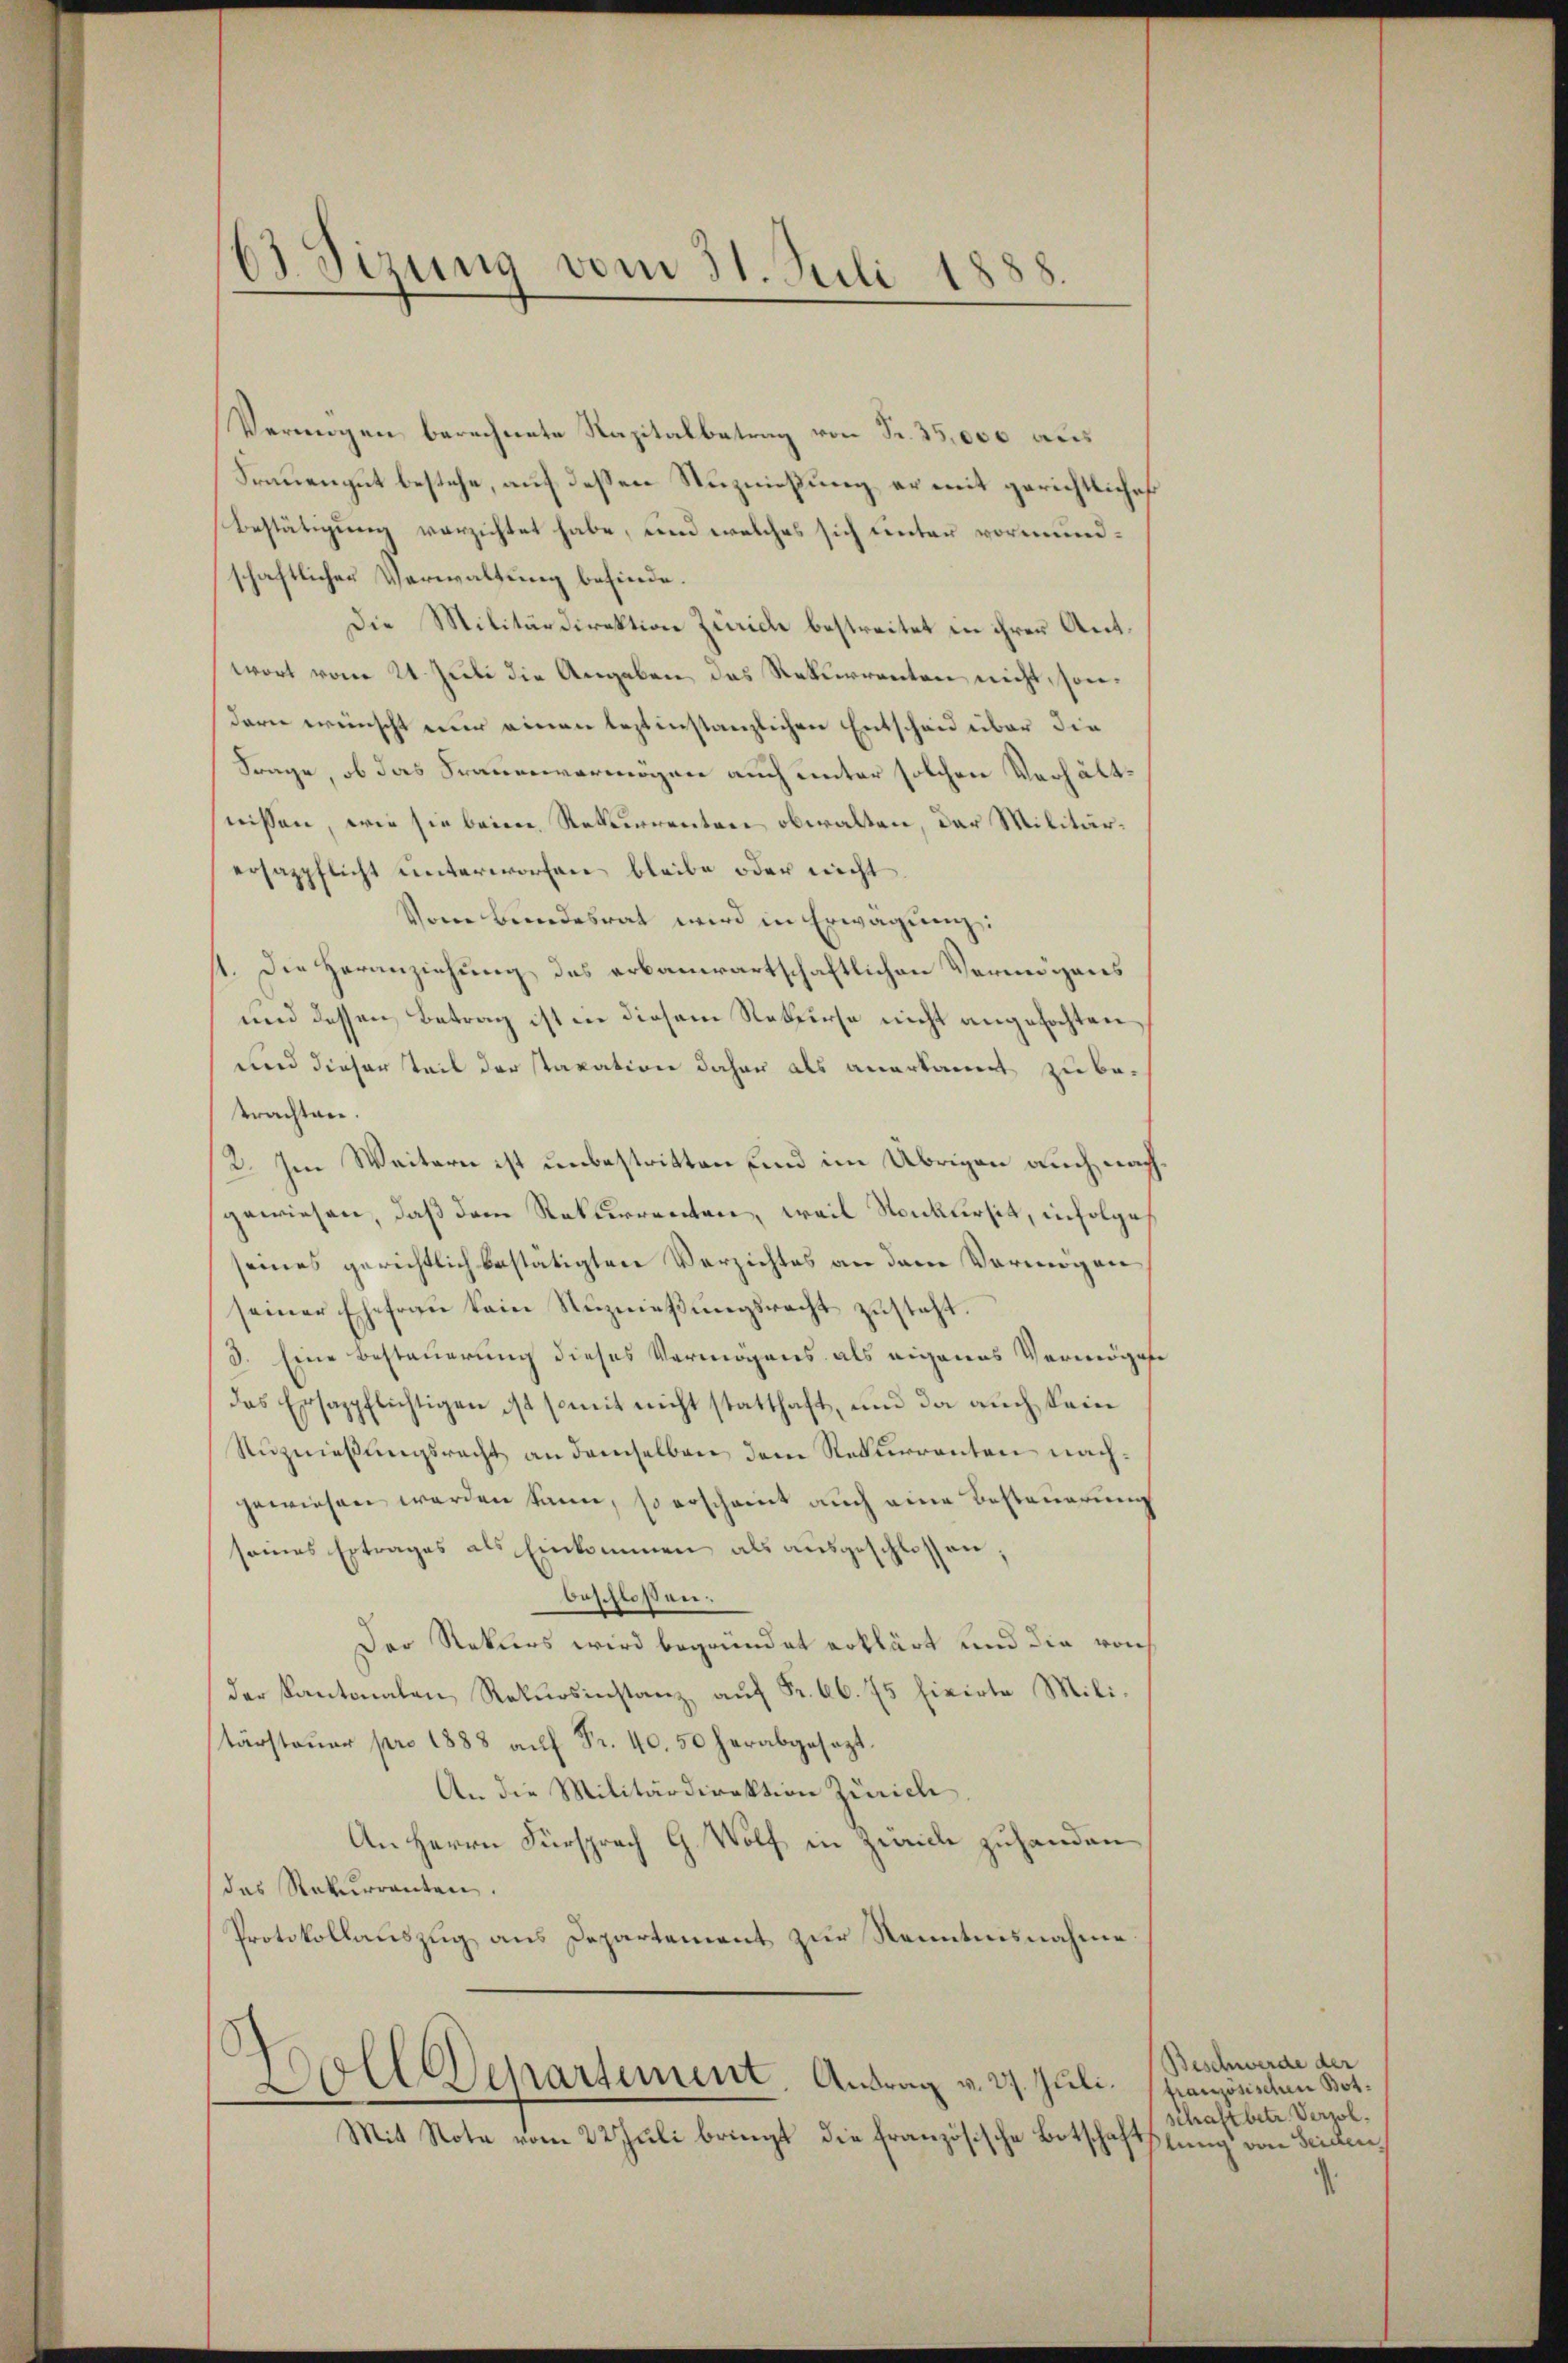
3. Sizung vom 31. Juli 1888.

Vermögen berechnete Kapitalbetrag von Fr. 25,000 aus
Srauengut bestehe, auf deßen Nuzniessung er mit gerichtliches
Bestätigung verzichtet habe, und welches sich unter vormundschaftlicher Verwaltung befinde.
Die Militärdirektion Zürich bestreitet in ihrer Antwort vom 24. Juli die Angaben, das Rekurrenten nicht, sondern wünscht nur einen leztinstanzlichen Entscheid über die
Frage, ob das Frauenvermögen auch unter solchen Verhältnissen, wie sie beim Rekurrenten obwalten, der Militärersazpflicht unterworfen, bleibe oder nicht
Vom Bundesrat wird in Erwägung:
st. Die Heranziehung des erbanwartschaftlichen Vermögens
und dessen Betrag ist in diesem Rekurse nicht angefochten,
und dieser Teil der taxation daher als anerkannt zu betrachten.
2. Im Weitern ist unbestritten und im Übrigen auch nachgewiesen, daß dem Rekurrenten, weil Konkursit, infolge
seines gerichtlich bestätigten Verzichtes an dem Vermögen
seiner Ehefrau kein Nŭznieβŭngsrecht zusteht.
3. Eine Besteuerung dieses Vermögens als eigenes Vermögen
das Ersappflichtigen ist somit nicht statthaft, und da auch kein
Ruznießungsrecht an demselben dem Rekurrenten nachgewiesen werden kann, so erscheint auch eine Besteuerung
seines Ertrages als Einkommen als ausgeschlossen,
beschloßen:
Der Rekurs wird begründet erklärt und die von
der Kantonalen Rekursinstanz auf Fr. 66. 75 fixirte Militärsteŭer pro 1888 aŭf Fr. 40. 50 herabgesezt.
An die Militärdirektion Zürich,
An Herrn Fürsprach G. Wolf in Zürich zuhanden
das Rekurrenten.
Protokollauszug aus Departement zur Kenntnisnahme

s
oll Departement. Antrag v. 27. Juli.

Mit Note vom 22 Juli bringt die französische Botschaftslung von Seiden,

Beschwerde der
französischen Botschaft betr. Verzöl
.